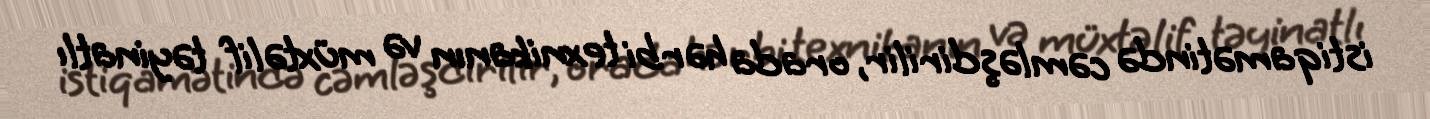
istiqamətində cəmləşdirilir, orada hərbi texnikanın və müxtəlif təyinatlı